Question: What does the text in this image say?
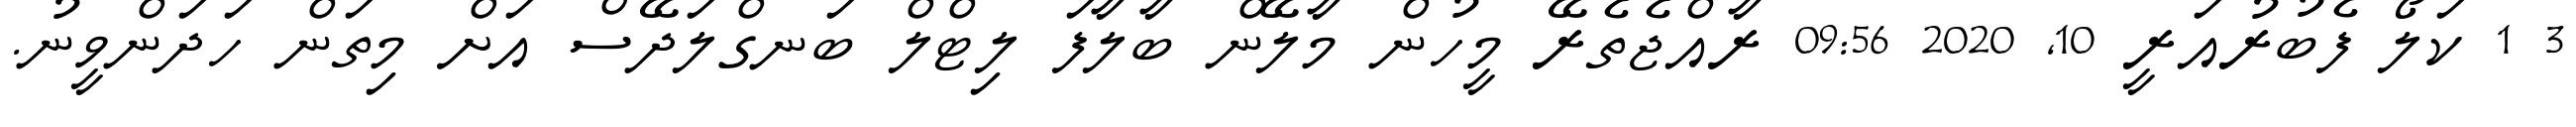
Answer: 3 1 ކަލޯ ފެބުރުއަރީ 10, 2020 09:56 ރާއްޖެތެރޭ މީހުން މާލޭން ބާލާފަ ލިޓްލް ބަނގްލަދޭސް އަށް މިތަން ހަދަންވީނު.